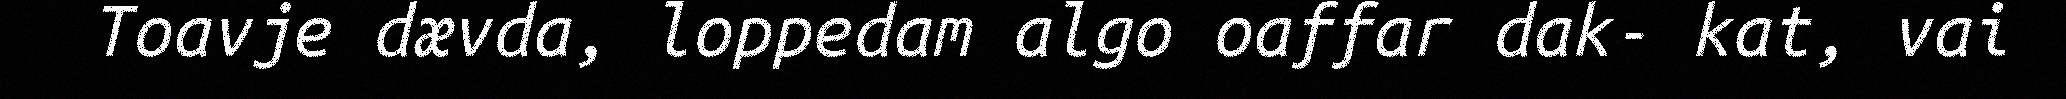
Toavje dævda, loppedam algo oaffar dak- kat, vai